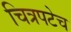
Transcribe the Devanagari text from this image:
चित्रपटेच